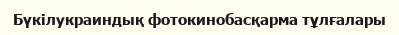
Бүкілукраиндық фотокинобасқарма тұлғалары